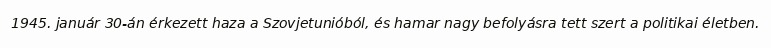
1945. január 30-án érkezett haza a Szovjetunióból, és hamar nagy befolyásra tett szert a politikai életben.